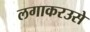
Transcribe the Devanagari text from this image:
लगाकरउसे